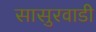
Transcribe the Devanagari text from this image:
सासुरवाडी